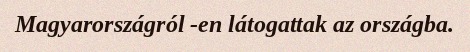
Magyarországról -en látogattak az országba.